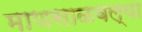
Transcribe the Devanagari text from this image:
माणसाळवल्या